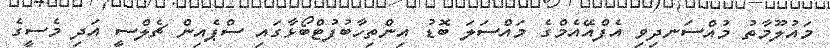
މައުލޫމާތު މުއްސަނދިވި އެފްއޭއެމްގެ މައްސަލަ ބޮޑު އިންތިހާބުފުޓްބޯޅާގައި ސްޕެއިން ޗެލްސީ އަދި މެސީގެ